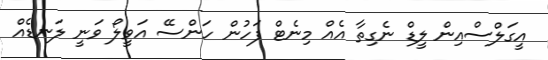
އީގަލްސްއިން ލީޑް ނެގިތާ އެއް މިނެޓް ފަހުން ހަންސޭ އަވީލޯ ވަނީ ލަނޑެއް